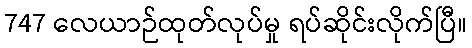
747 လေယာဉ်ထုတ်လုပ်မှု ရပ်ဆိုင်းလိုက်ပြီ။